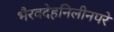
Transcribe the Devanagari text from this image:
भैरवदेहनिलीनपरे